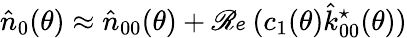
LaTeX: \hat{n}_{0}(\theta)\approx\hat{n}_{00}(\theta)+\mathscr{Re}(c_{1}(\theta)\hat{k}_{00}^{\star}(\theta))